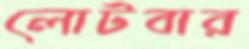
লোটবার